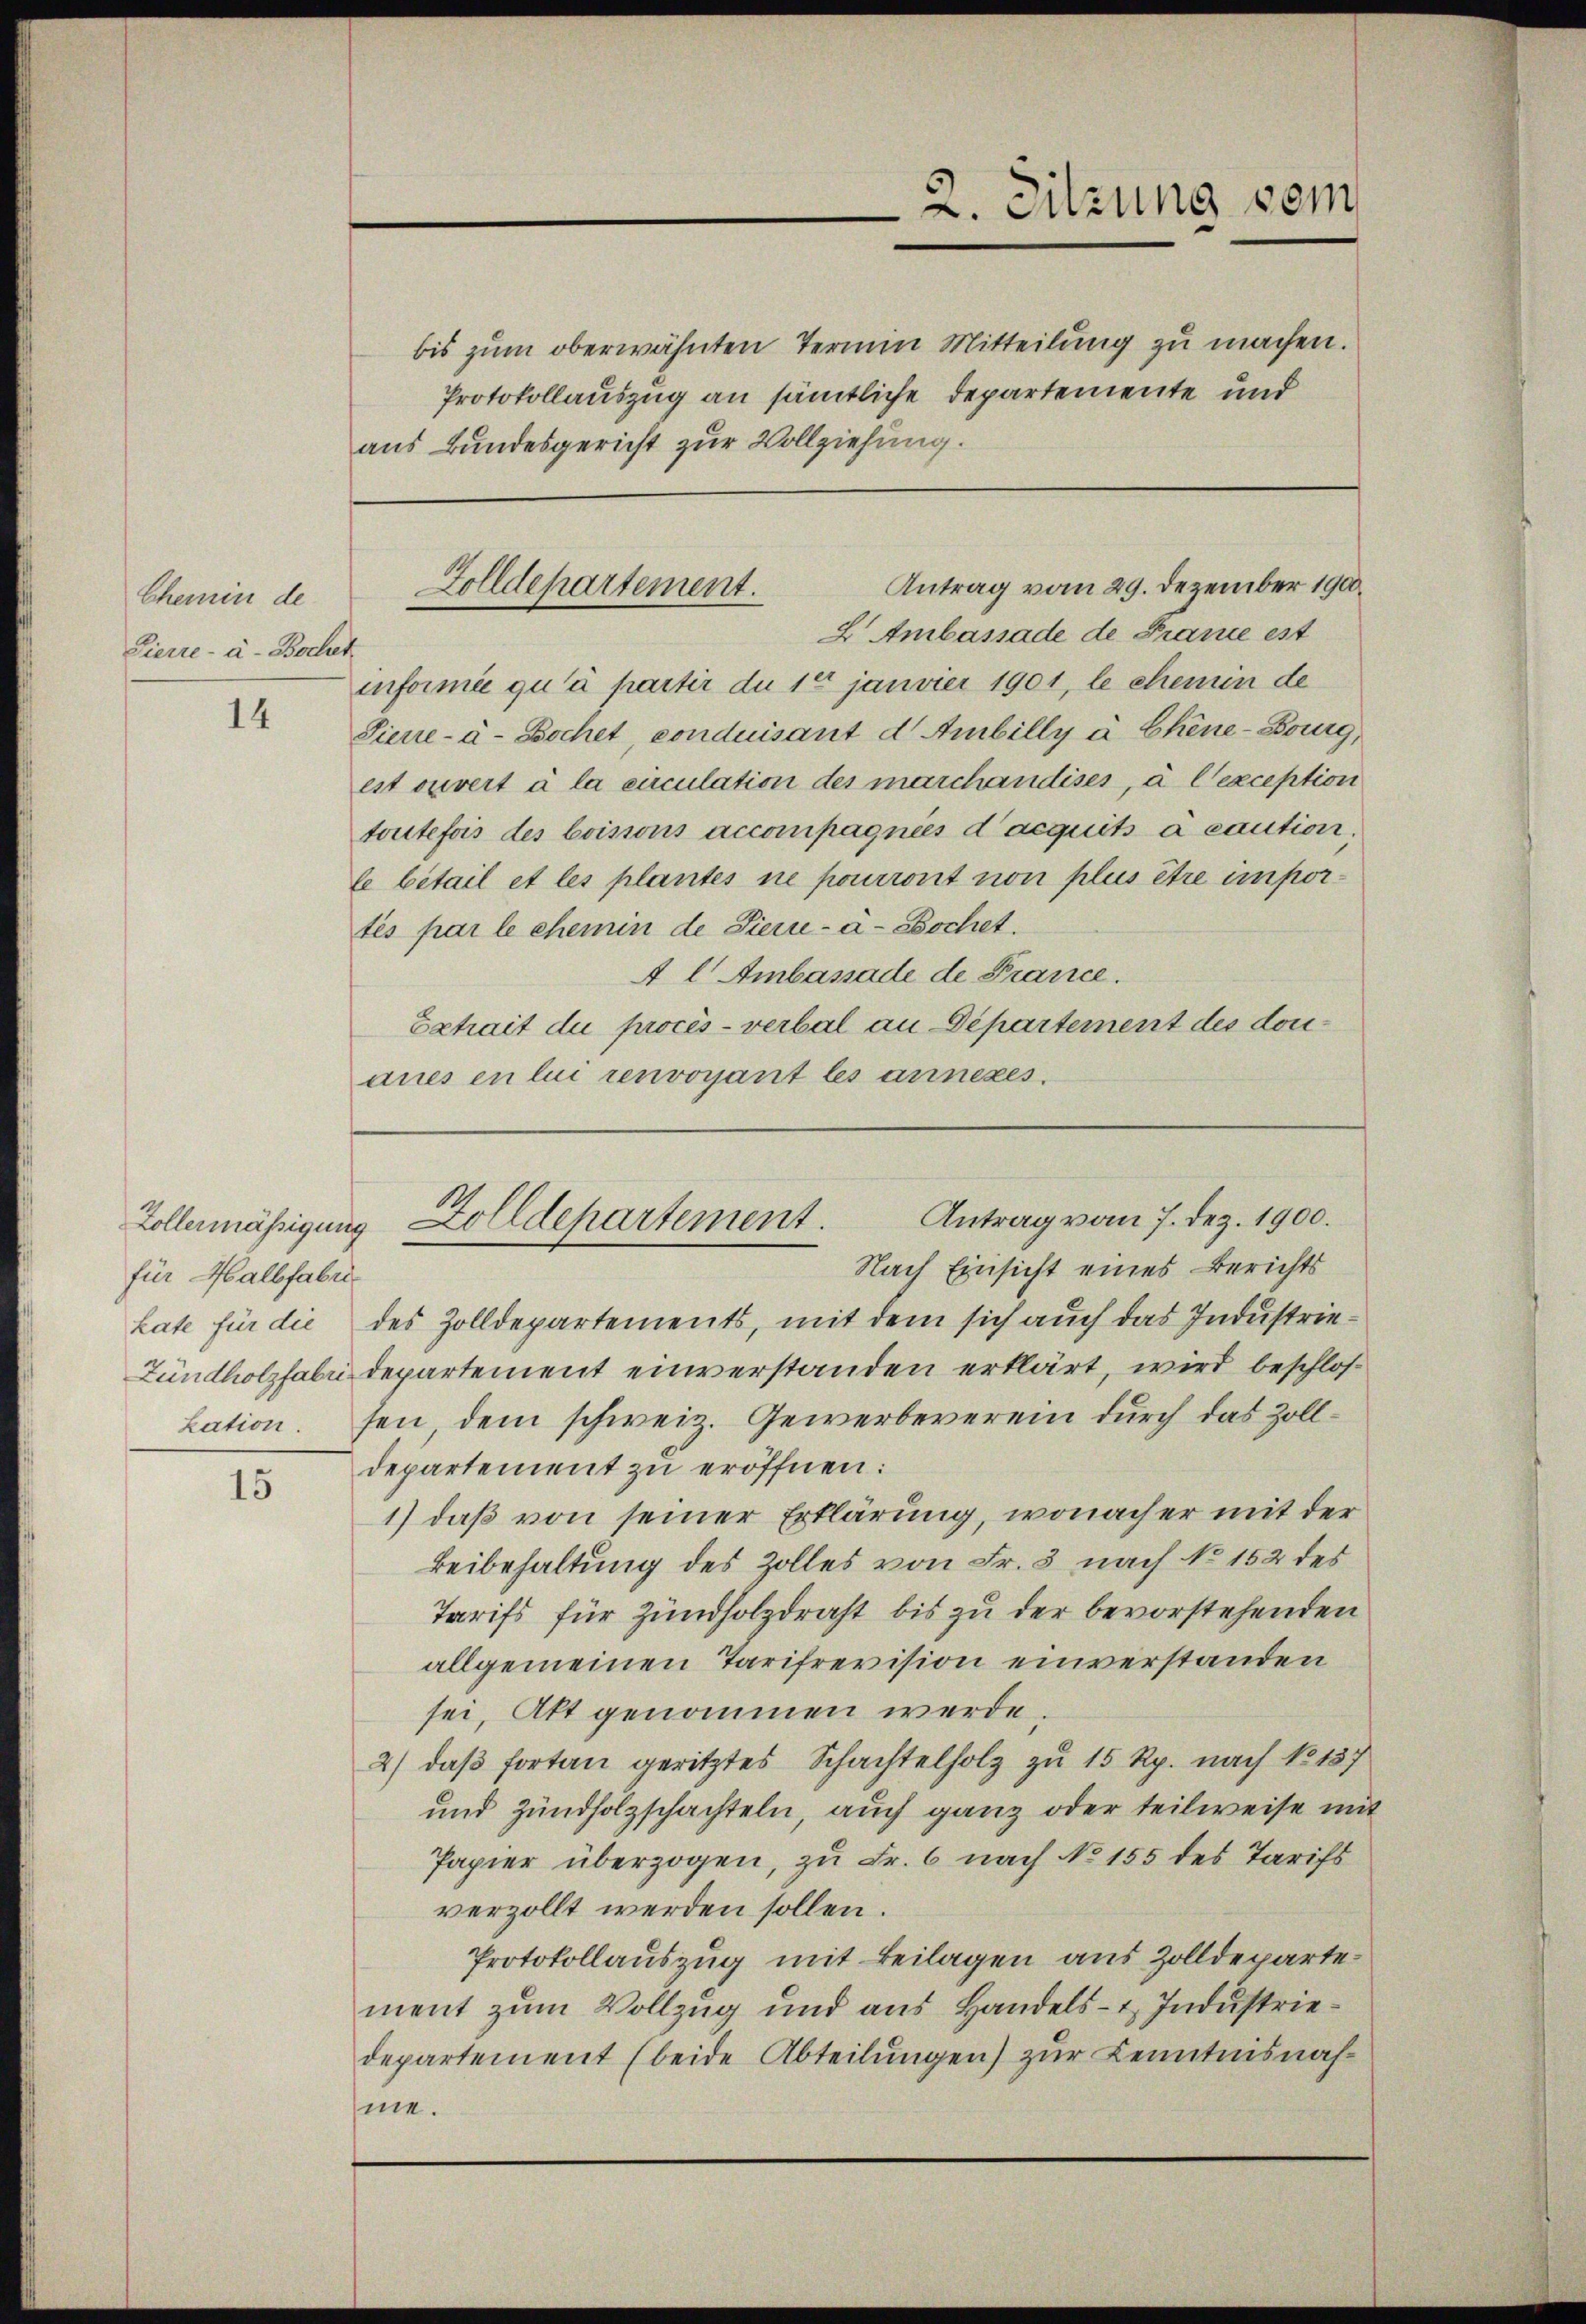
Chemin de
Pierre-à- Bochet

14

Zollermäßigung
für Halbfabrikate für die
kation.

15

Protokollauszug an sämtliche Departemente und
aus Bundesgericht zur Vollziehung.

2 Ambassade de Prance est
informée qu’à partir du 10 janvier 1901, le chemin de
Sierre-à- Bochet, conduisant d. Ambilly u. Chine-Bourg,
est ouvert à la circulation des marchandises, à l’exception
toutefois des boisions accompagnies d’acquits à caution,
le bétail et les plantes ne pourront non plus être importés par le chemin de Pierie-à-Bochet.
 l Ambassade de France.
Betrait du procès-verbal an Departement des doraues en lui renvoyant les annexes.

2. Sitzung vom

bis zum oberwähnten Termin Mitteilung zu machen.

Antrag vom 29. Dezember 190.
Zolldepartement.

Antrag vom 7. Dez. 1900.
Zolldepartement.

Nach Einsicht eines Berichts
des Zolldepartements, mit dem sich auch das Industrie¬
Zündholzfabri Departement einverstanden erklärt, wird beschlossen, dem schweiz. Gewerbeverein durch das Zolldepartement zu eröffnen:
1) daß von seiner Erklärung, wonach er mit der
Beibehaltung des Zolles von Fr. 3 nach No 152 des
Tarifs für Zündholzdraht bis zu der bevorstehenden
allgemeinen Tarifrevision einverstanden
sei, Akt genommen werde.
2) daß fortan geritztes Schachtelholz zu 15 Rp. nach No 137
und Zündholzschachteln, auch ganz oder teilweise mit
Papier überzogen, zu Fr. 6 nach No 155 des Tarifs
verzollt werden sollen.
Protokollauszug mit Beilagen aus Zolldepartement zum Vollzug und aus Handels- u. Industriedepartement (beide Abteilungen) zur Kenntnisnahme.